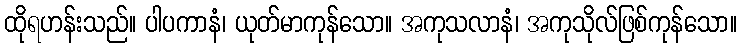
ထိုရဟန်းသည်။ ပါပကာနံ၊ ယုတ်မာကုန်သော။ အကုသလာနံ၊ အကုသိုလ်ဖြစ်ကုန်သော။